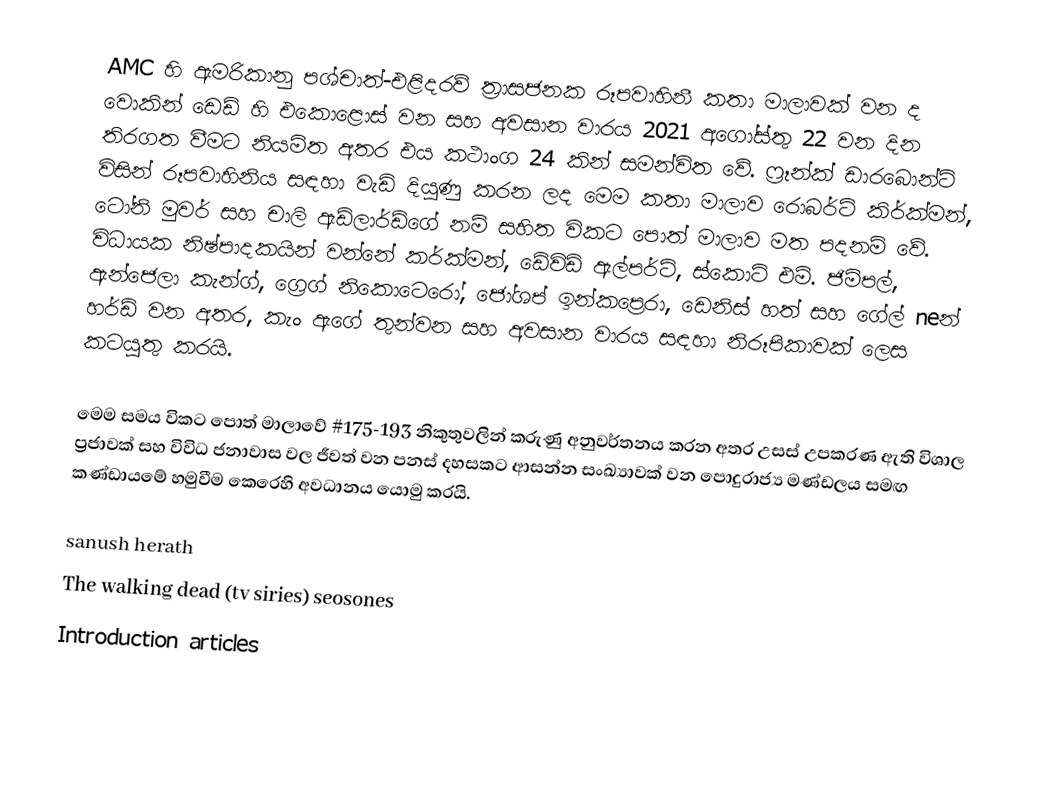
AMC හි ඇමරිකානු පශ්චාත්-එළිදරව් ත්‍රාසජනක රූපවාහිනී කතා මාලාවක් වන ද වොකින් ඩෙඩ් හි එකොළොස් වන සහ අවසාන වාරය 2021 අගෝස්තු 22 වන දින තිරගත වීමට නියමිත අතර එය කථාංග 24 කින් සමන්විත වේ. ෆ්‍රෑන්ක් ඩාරබොන්ට් විසින් රූපවාහිනිය සඳහා වැඩි දියුණු කරන ලද මෙම කතා මාලාව රොබර්ට් කිර්ක්මන්, ටෝනි මුවර් සහ චාලි ඇඩ්ලාර්ඩ්ගේ නම් සහිත විකට පොත් මාලාව මත පදනම් වේ. විධායක නිෂ්පාදකයින් වන්නේ කර්ක්මන්, ඩේවිඩ් ඇල්පර්ට්, ස්කොට් එම්. ජිම්පල්, ඇන්ජෙලා කැන්ග්, ග්‍රෙග් නිකොටෙරෝ, ජෝශප් ඉන්කප්‍රෙරා, ඩෙනිස් හත් සහ ගේල් neන් හර්ඩ් වන අතර, කැං ඇගේ තුන්වන සහ අවසාන වාරය සඳහා නිරූපිකාවක් ලෙස කටයුතු කරයි.

මෙම සමය විකට පොත් මාලාවේ #175-193 නිකුතුවලින් කරුණු අනුවර්තනය කරන අතර උසස් උපකරණ ඇති විශාල ප්‍රජාවක් සහ විවිධ ජනාවාස වල ජීවත් වන පනස් දහසකට ආසන්න සංඛ්‍යාවක් වන පොදුරාජ්‍ය මණ්ඩලය සමඟ කණ්ඩායමේ හමුවීම කෙරෙහි අවධානය යොමු කරයි.

sanush herath
The walking dead (tv siries) seosones
Introduction articles